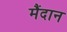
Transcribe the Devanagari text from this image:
मैंदान